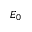
E _ { 0 }